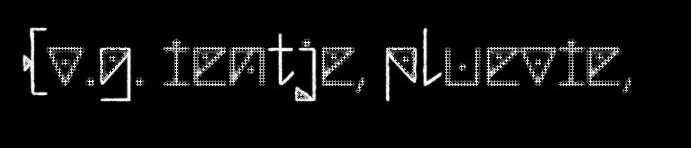
(v.g. ientje, pluevie,